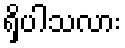
ရှိပါသလား